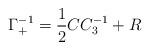
LaTeX: \begin{align*}\Gamma_+^{-1} = {1 \over 2} C C_3^{-1} + R\end{align*}